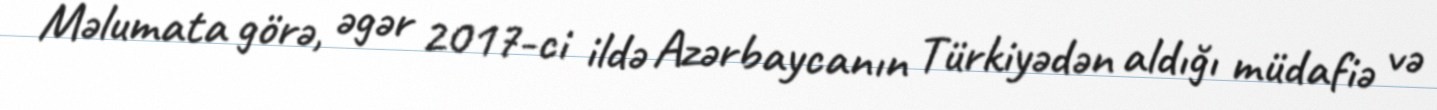
Məlumata görə, əgər 2017-ci ildə Azərbaycanın Türkiyədən aldığı müdafiə və